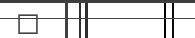
٦